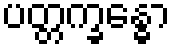
ပတ္တက္ခန္ဓော